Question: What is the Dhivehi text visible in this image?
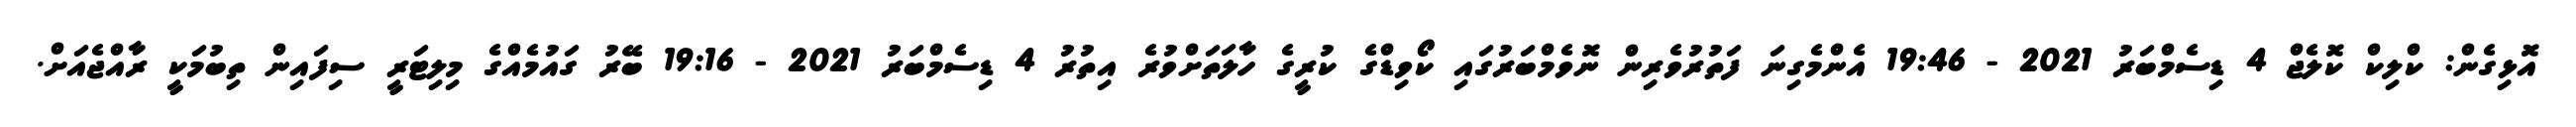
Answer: އޮޅިގެން: ކްލިކް ކޮލެޖް 4 ޑިސެމްބަރު 2021 - 19:46 އެންމެގިނަ ފަތުރުވެރިން ނޮވެމްބަރުގައި ކޯވިޑްގެ ކުރީގެ ހާލަތަށްވުރެ އިތުރު 4 ޑިސެމްބަރު 2021 - 19:16 ބޭރު ގައުމެއްގެ މިލިޓަރީ ސިފައިން ތިބުމަކީ ރާއްޖެއަށް.